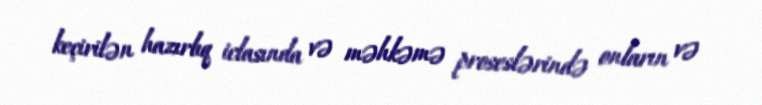
keçirilən hazırlıq iclasında və məhkəmə proseslərində onların və